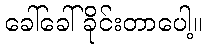
ခေါ်ခေါ်ခိုင်းတာပေါ့။